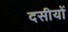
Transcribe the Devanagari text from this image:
दसीयों